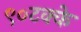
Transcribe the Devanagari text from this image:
९०टक्के